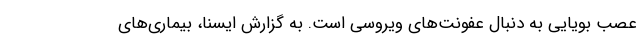
عصب بویایی به دنبال عفونت‌های ویروسی است. به گزارش ایسنا، ‌بیماری‌های